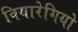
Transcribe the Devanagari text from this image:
वियारेगियो